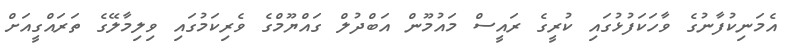
އެމަނިކުފާނުގެ ވާހަކަފުޅުގައި ކުރީގެ ރައީސް މައުމޫން އަބްދުލް ގައްޔޫމްގެ ވެރިކަމުގައި ވިލިމާލޭގެ ތަރައްގީއަށް